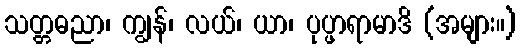
သတ္တဓညာ၊ ကျွန်၊ လယ်၊ ယာ၊ ပုပ္ဖာရာမာဒိ (အများ။)